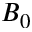
B _ { 0 }